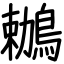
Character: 鶒